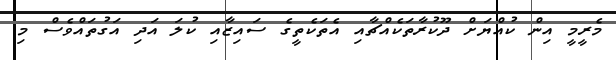
މެރީމީ އިން ކުއްޔަށް ދޫކުރާތަކެއްޗާއި އެތަކެތީގެ ސައިޒާއި ކުލަ އަދި އަގުތައްވެސް މި